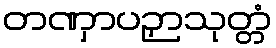
တဏှာပဉှာသုတ္တံ